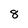
Character: 8